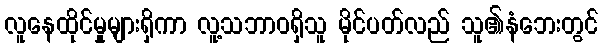
လူနေထိုင်မှုများရှိကာ လူ့သဘာဝရှိသူ မိုင်ပတ်လည် သူ၏နံဘေးတွင်